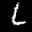
Label: 6